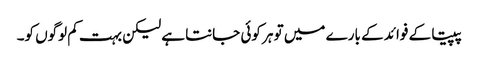
پپیتا کے فوائد کے بارے میں تو ہر کوئی جانتا ہے لیکن بہت کم لوگوں کو۔